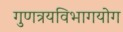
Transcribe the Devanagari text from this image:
गुणत्रयविभागयोग